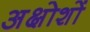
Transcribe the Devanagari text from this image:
अक्षोशों